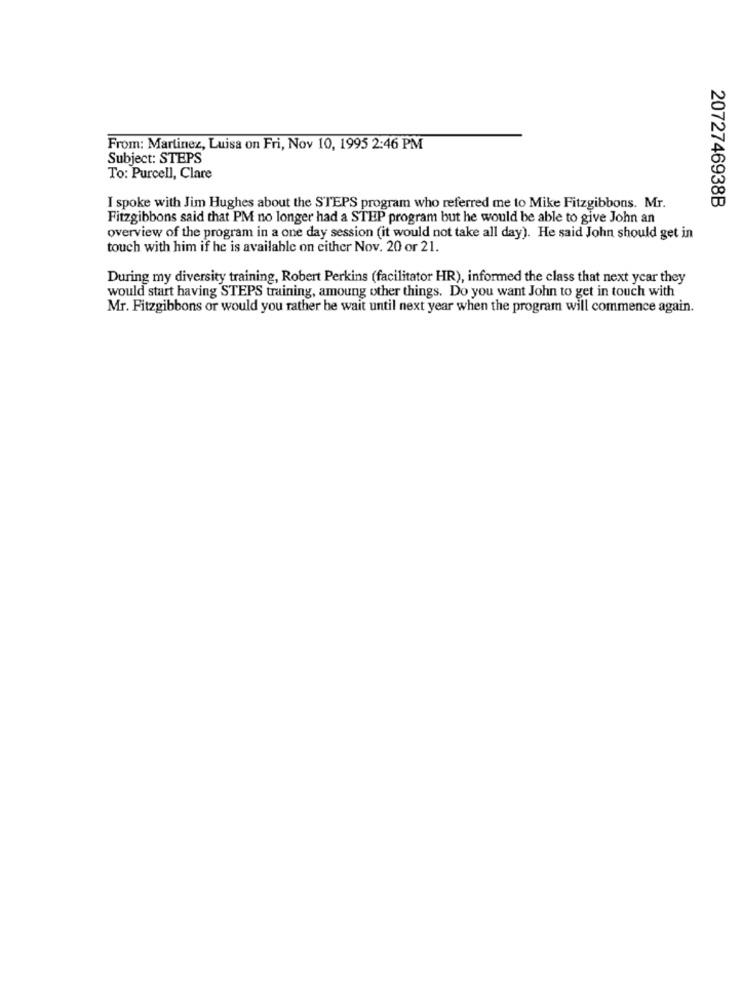
From: Martinez, Luisa on Fri, Nov 10, 1995 2:46 PM
Subject: STEPS
To: Purcell, Clare
I spoke with Jim Hughes about the STEPS program who referred me to Mike Fitzgibbons. Mr.
2072746938B
Fitzgibbons said that PM no longer had a STEP program but he would be able to give John an
overview of the program in a one day session (it would not take all day). He said John should get in
touch with him if he is available on either Nov. 20 or 21.
During my diversity training, Robert Perkins (facilitator HR), informed the class that next year they
would start having STEPS training, amoung other things. Do you want John to get in touch with
Mr. Fitzgibbons or would you rather be wait until next year when the program will commence again.